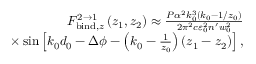
\begin{array} { r l r } & { } & { F _ { \mathrm { b i n d } , z } ^ { 2 \rightarrow 1 } \left( z _ { 1 } , z _ { 2 } \right) \approx \frac { P \alpha ^ { 2 } k _ { 0 } ^ { 3 } \left( k _ { 0 } - 1 / z _ { 0 } \right) } { 2 \pi ^ { 2 } c \varepsilon _ { 0 } ^ { 2 } n ^ { \prime } w _ { 0 } ^ { 2 } } } \\ & { } & { \times \sin \left[ k _ { 0 } d _ { 0 } - \Delta \phi - \left( k _ { 0 } - \frac { 1 } { z _ { 0 } } \right) \left( z _ { 1 } - z _ { 2 } \right) \right] , } \end{array}